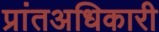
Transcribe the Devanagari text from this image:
प्रांतअधिकारी